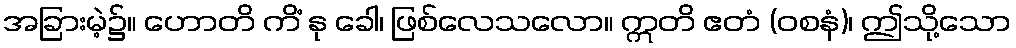
အခြားမဲ့၌။ ဟောတိ ကိံ နု ခေါ၊ ဖြစ်လေသလော။ ဣတိ ဧတံ (ဝစနံ)၊ ဤသို့သော